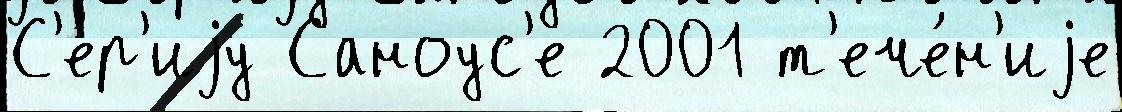
С'е́р'иjу Саноус'е 2001 т'ече́н'иjе